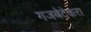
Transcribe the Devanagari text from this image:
गजबेटेकरा